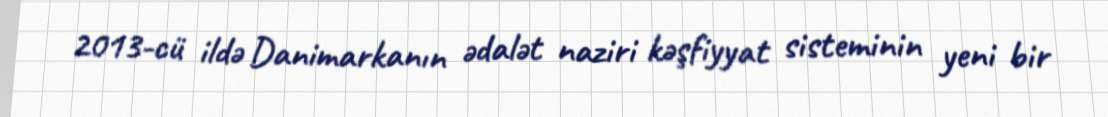
2013-cü ildə Danimarkanın ədalət naziri kəşfiyyat sisteminin yeni bir